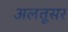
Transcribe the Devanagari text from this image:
अलतूसर